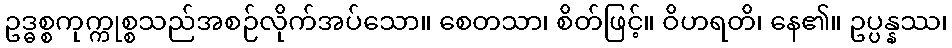
ဥဒ္ဓစ္စကုက္ကုစ္စသည်အစဉ်လိုက်အပ်သော။ စေတသာ၊ စိတ်ဖြင့်။ ဝိဟရတိ၊ နေ၏။ ဥပ္ပန္နဿ၊